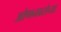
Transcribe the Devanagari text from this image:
ओणनवसेच्या